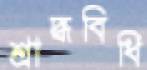
শ্রাদ্ধবিধি